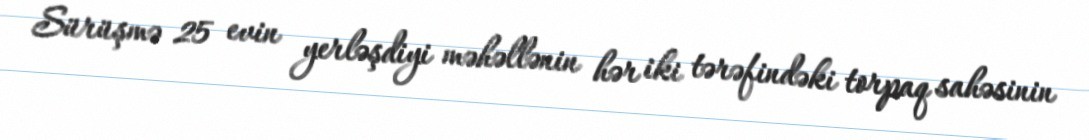
Sürüşmə 25 evin yerləşdiyi məhəllənin hər iki tərəfindəki torpaq sahəsinin